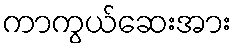
ကာကွယ်ဆေးအား